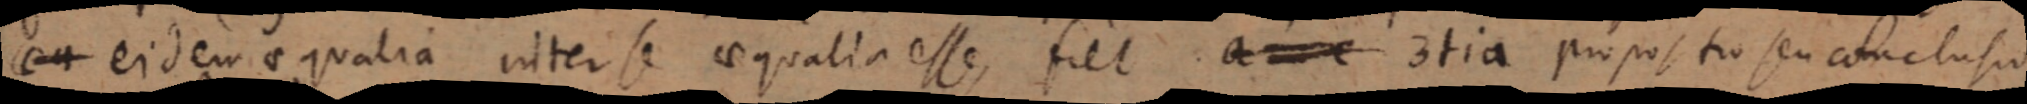
ea eidem aequalia inter se aequalia esse, fiet a _ 3tia propositio seu conclusio